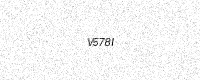
Text: V578I